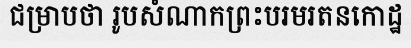
ជម្រាបថា រូបសំណាកព្រះបរមរតនកោដ្ឋ